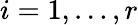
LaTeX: i=1,\ldots,r